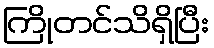
ကြိုတင်သိရှိပြီး